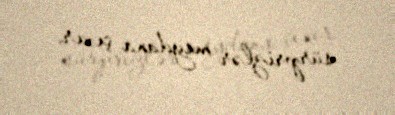
sürprizlər meydana çıxır.